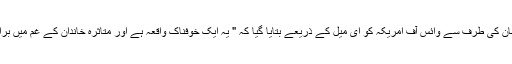
فیس بک کے ترجمان کی طرف سے وائس آف امریکہ کو ای میل کے ذریعے بتایا گیا کہ " یہ ایک خوفناک واقعہ ہے اور متاثرہ خاندان کے غم میں برابر کے شریک ہیں۔